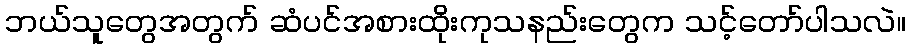
ဘယ်သူတွေအတွက် ဆံပင်အစားထိုးကုသနည်းတွေက သင့်တော်ပါသလဲ။